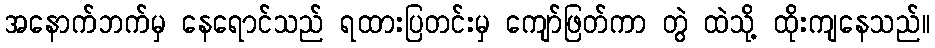
အနောက်ဘက်မှ နေရောင်သည် ရထားပြတင်းမှ ကျော်ဖြတ်ကာ တွဲ ထဲသို့ ထိုးကျနေသည်။